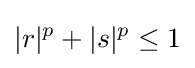
|r|^{p}+|s|^{p}\leq 1